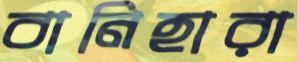
বানিহারা